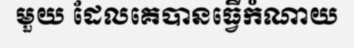
មួយ ដែលគេបានធ្វើកំណាយ